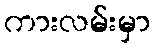
ကားလမ်းမှာ